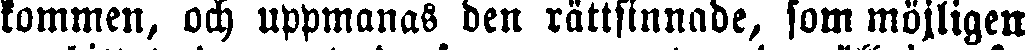
kommen, och uppmanas den rättsinnade, som möjligen